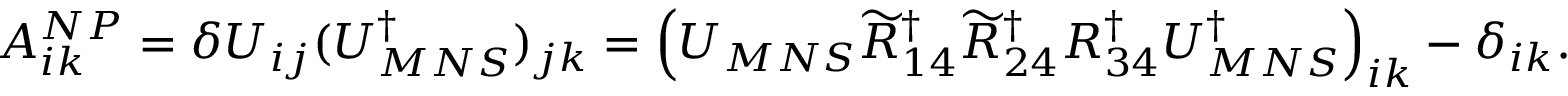
A _ { i k } ^ { N P } = \delta U _ { i j } ( U _ { M N S } ^ { \dagger } ) _ { j k } = \left( U _ { M N S } \widetilde { R } _ { 1 4 } ^ { \dagger } \widetilde { R } _ { 2 4 } ^ { \dagger } R _ { 3 4 } ^ { \dagger } U _ { M N S } ^ { \dagger } \right) _ { i k } - \delta _ { i k } .